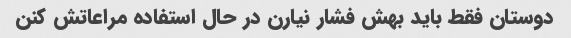
دوستان فقط باید بهش فشار نیارن در حال استفاده مراعاتش کنن